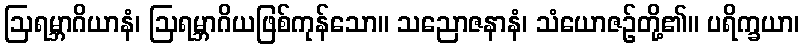
ဩရမ္ဘာဂိယာနံ၊ ဩရမ္ဘာဂိယဖြစ်ကုန်သော။ သညောဇနာနံ၊ သံယောဇဉ်တို့၏။ ပရိက္ခယာ၊